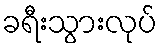
ခရီးသွားလုပ်